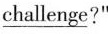
\underline{challenge}?"